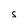
Character: S